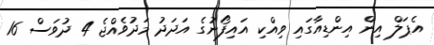
އެޕަލް އިން އިންޑިއާގައި ވިއްކި އައިފޯނުގެ އަދަދު މަދުވެއްޖެ 4 ދުވަސް 16